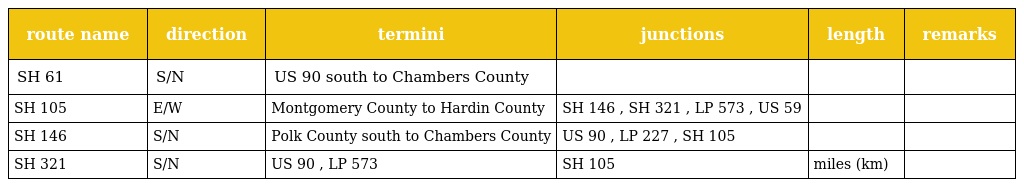
| route name | direction | termini | junctions | length | remarks |
 | --- | --- | --- | --- | --- | --- |
 | SH 61 | S/N | US 90 south to Chambers County |  |  |  |
 | SH 105 | E/W | Montgomery County to Hardin County | SH 146 , SH 321 , LP 573 , US 59 |  |  |
 | SH 146 | S/N | Polk County south to Chambers County | US 90 , LP 227 , SH 105 |  |  |
 | SH 321 | S/N | US 90 , LP 573 | SH 105 | miles (km) |  |